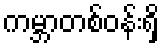
ကမ္ဘာတစ်ဝန်းရှိ